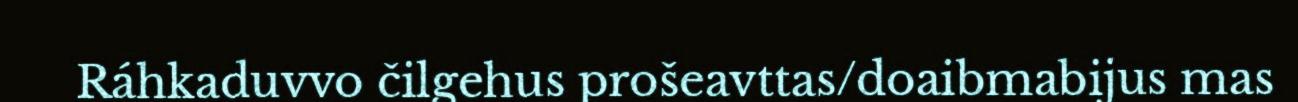
Ráhkaduvvo čilgehus prošeavttas/doaibmabijus mas